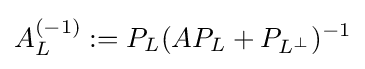
A_{L}^{(-1)}:=P_{L}(AP_{L}+P_{L^{\perp }})^{-1}